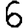
Digit: 6